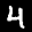
Label: 4